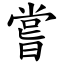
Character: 嘗